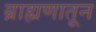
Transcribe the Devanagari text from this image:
ब्राह्मणातून